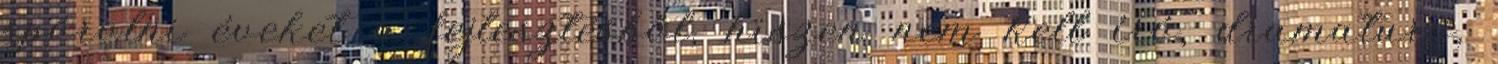
spórolni éveket a fejlesztésből, hiszen nem kell író, dramaturg,